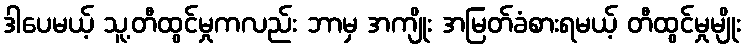
ဒါပေမယ့် သူ့တီထွင်မှုကလည်း ဘာမှ အကျိုး အမြတ်ခံစားရမယ့် တီထွင်မှုမျိုး